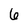
Character: 6